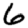
Digit: 6